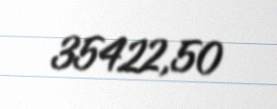
35422,50